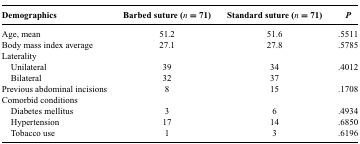
| Demographics | Barbed suture (n = 71) | Standard suture (n = 71) | P |
 | --- | --- | --- | --- |
 | Age, mean | 51.2 | 51.6 | .5511 |
 | Body mass index average | 27.1 | 27.8 | .5785 |
 | Laterality |  |  |  |
 | Unilateral | 39 | 34 | .4012 |
 | Bilateral | 32 | 37 |  |
 | Previous abdominal incisions | 8 | 15 | .1708 |
 | Comorbid conditions |  |  |  |
 | Diabetes mellitus | 3 | 6 | .4934 |
 | Hypertension | 17 | 14 | .6850 |
 | Tobacco use | 1 | 3 | .6196 |